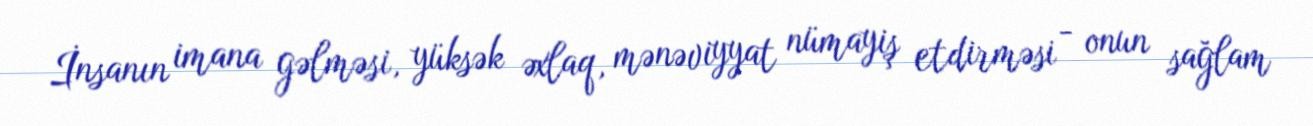
İnsanın imana gəlməsi, yüksək əxlaq, mənəviyyat nümayiş etdirməsi - onun sağlam